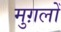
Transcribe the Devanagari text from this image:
मुग़लोँ